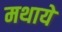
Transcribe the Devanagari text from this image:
मथाये